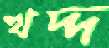
খদ্দ